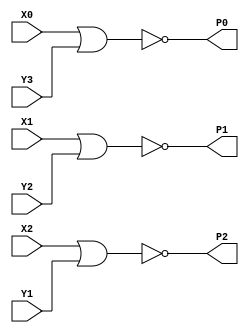
module PP3(X0, X1, X2, Y1, Y2, Y3, P0, P1, P2);
input   X0;
input   X1;
input   X2;
input   Y1;
input   Y2;
input   Y3;
output  P0;
output  P1;
output  P2;
nor g0(P0, X0, Y3);
nor g1(P1, X1, Y2);
nor g2(P2, X2, Y1);
endmodule